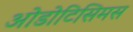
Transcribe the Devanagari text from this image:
ओडोटिसिमस